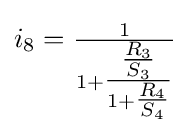
i_{8}={\tfrac {1}{1+{\tfrac {\tfrac {R_{3}}{S_{3}}}{1+{\tfrac {R_{4}}{S_{4}}}}}}}